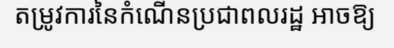
តម្រូវការនៃកំណើនប្រជាពលរដ្ឋ អាចឱ្យ